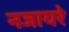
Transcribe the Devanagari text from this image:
नजायरे